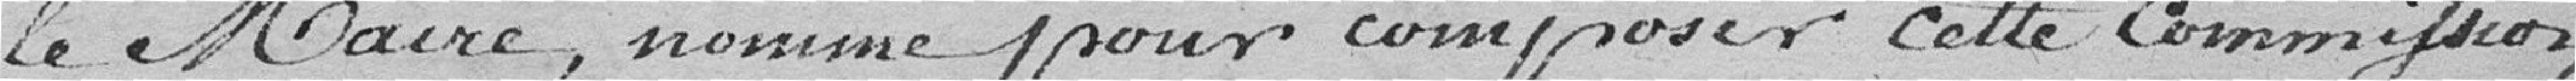
le Maire, nomme pour composer cette Commission